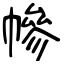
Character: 幓